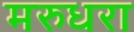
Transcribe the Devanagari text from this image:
मरुधरा